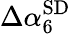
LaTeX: \Delta\alpha_{6}^{\mathrm{SD}}